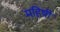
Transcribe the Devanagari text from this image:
महिषीं